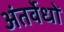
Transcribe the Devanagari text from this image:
अंतर्वेधों